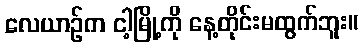
လေယာဉ်က ငါ့မြို့ကို နေ့တိုင်းမထွက်ဘူး။